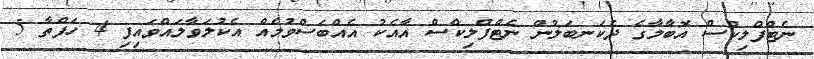
ނެޓްފްލިކްސް އޮބާމާގެ ދެކަނބަލުން ނެޓްފްލިކްސް އާއެކު އެއްބަސްވުމެއް އެކުލަވާލައްވައިފި 4 ހަފްތާ 5